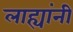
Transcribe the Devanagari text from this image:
लाह्यांनी